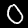
Digit: 0